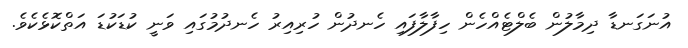
އުނަގަނޑާ ދިމާލުން ބެލްޓެއްހެން ހިފާލާފައި ހެނދުން ހުރިއިރު ހެނދުމުގައި ވަނީ ކުޑަކުޑަ އަތްކޮޅެކެވެ.